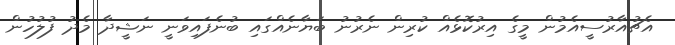
އެޗުއާރުސީއެމުން މީގެ އިރުކޮޅެއް ކުރިން ނެރުނު ބަޔާނެއްގައި ބުނެފައިވަނީ ނަޝީދާ މެދު ފުލުހުން